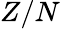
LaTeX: Z/N